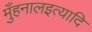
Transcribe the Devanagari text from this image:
मुँहनालइत्यादि